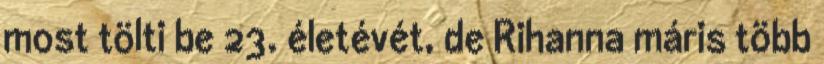
most tölti be 23. életévét, de Rihanna máris több